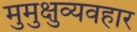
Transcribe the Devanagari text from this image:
मुमुक्षुव्यवहार